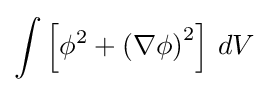
\int \left[\phi ^{2}+\left(\nabla \phi \right)^{2}\right]\,dV